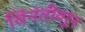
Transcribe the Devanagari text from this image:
विंनंतीवरून